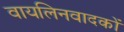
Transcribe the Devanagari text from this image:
वायलिनवादकों